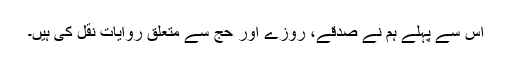
اس سے پہلے ہم نے صدقے، روزے اور حج سے متعلق روایات نقل کی ہیں۔